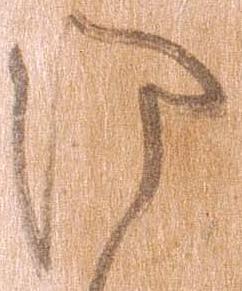
御